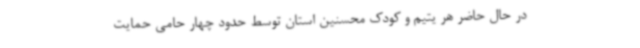
در حال حاضر هر یتیم و کودک محسنین استان توسط حدود چهار حامی حمایت